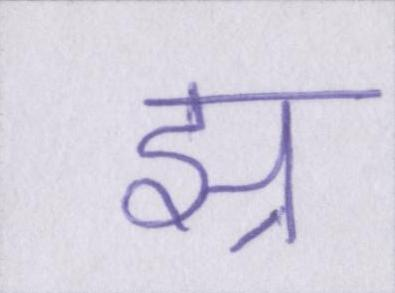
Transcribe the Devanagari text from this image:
झ्र